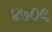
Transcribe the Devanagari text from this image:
४७०९